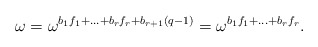
\begin{align*}\omega = \omega^{b_1f_1 + \ldots + b_rf_r + b_{r+1}(q-1)} = \omega^{b_1f_1 + \ldots + b_rf_r}.\end{align*}